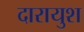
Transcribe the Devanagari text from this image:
दारायुश